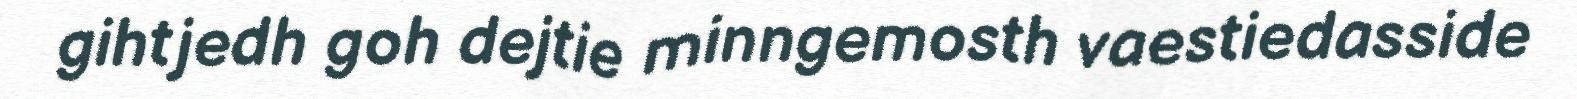
gihtjedh goh dejtie minngemosth vaestiedasside